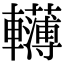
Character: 𨏫